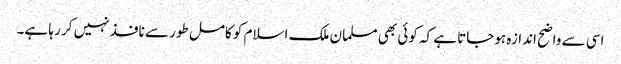
اسی سے واضح اندازہ ہوجاتا ہے کہ کوئی بھی مسلمان ملک اسلام کو کامل طور سے نافذ نہیں کر رہا ہے۔